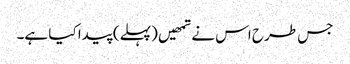
جس طرح اس نے تمھیں (پہلے) پیدا کیا ہے۔